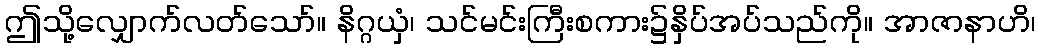
ဤသို့လျှောက်လတ်သော်။ နိဂ္ဂယှံ၊ သင်မင်းကြီးစကား၌နှိပ်အပ်သည်ကို။ အာဇာနာဟိ၊